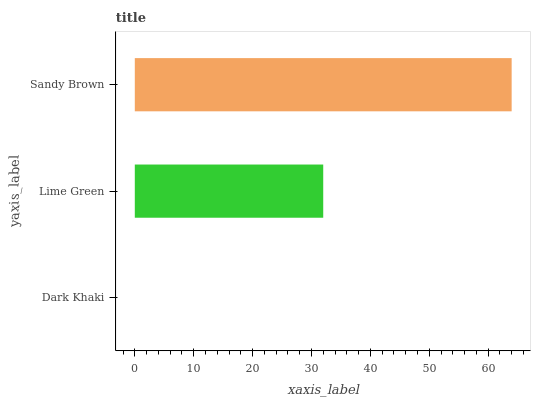
| yaxis_label | bars |
 | --- | --- |
 | Dark Khaki | 0 |
 | Lime Green | 32 |
 | Sandy Brown | 64 |